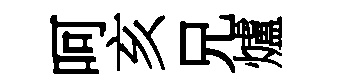
呵亥兄爐